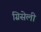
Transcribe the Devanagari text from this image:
ग्रिसेली